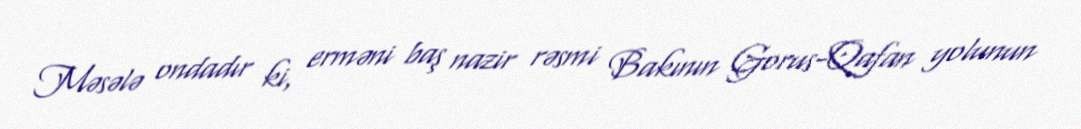
Məsələ ondadır ki, erməni baş nazir rəsmi Bakının Gorus-Qafan yolunun